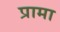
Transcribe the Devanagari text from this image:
प्रामा